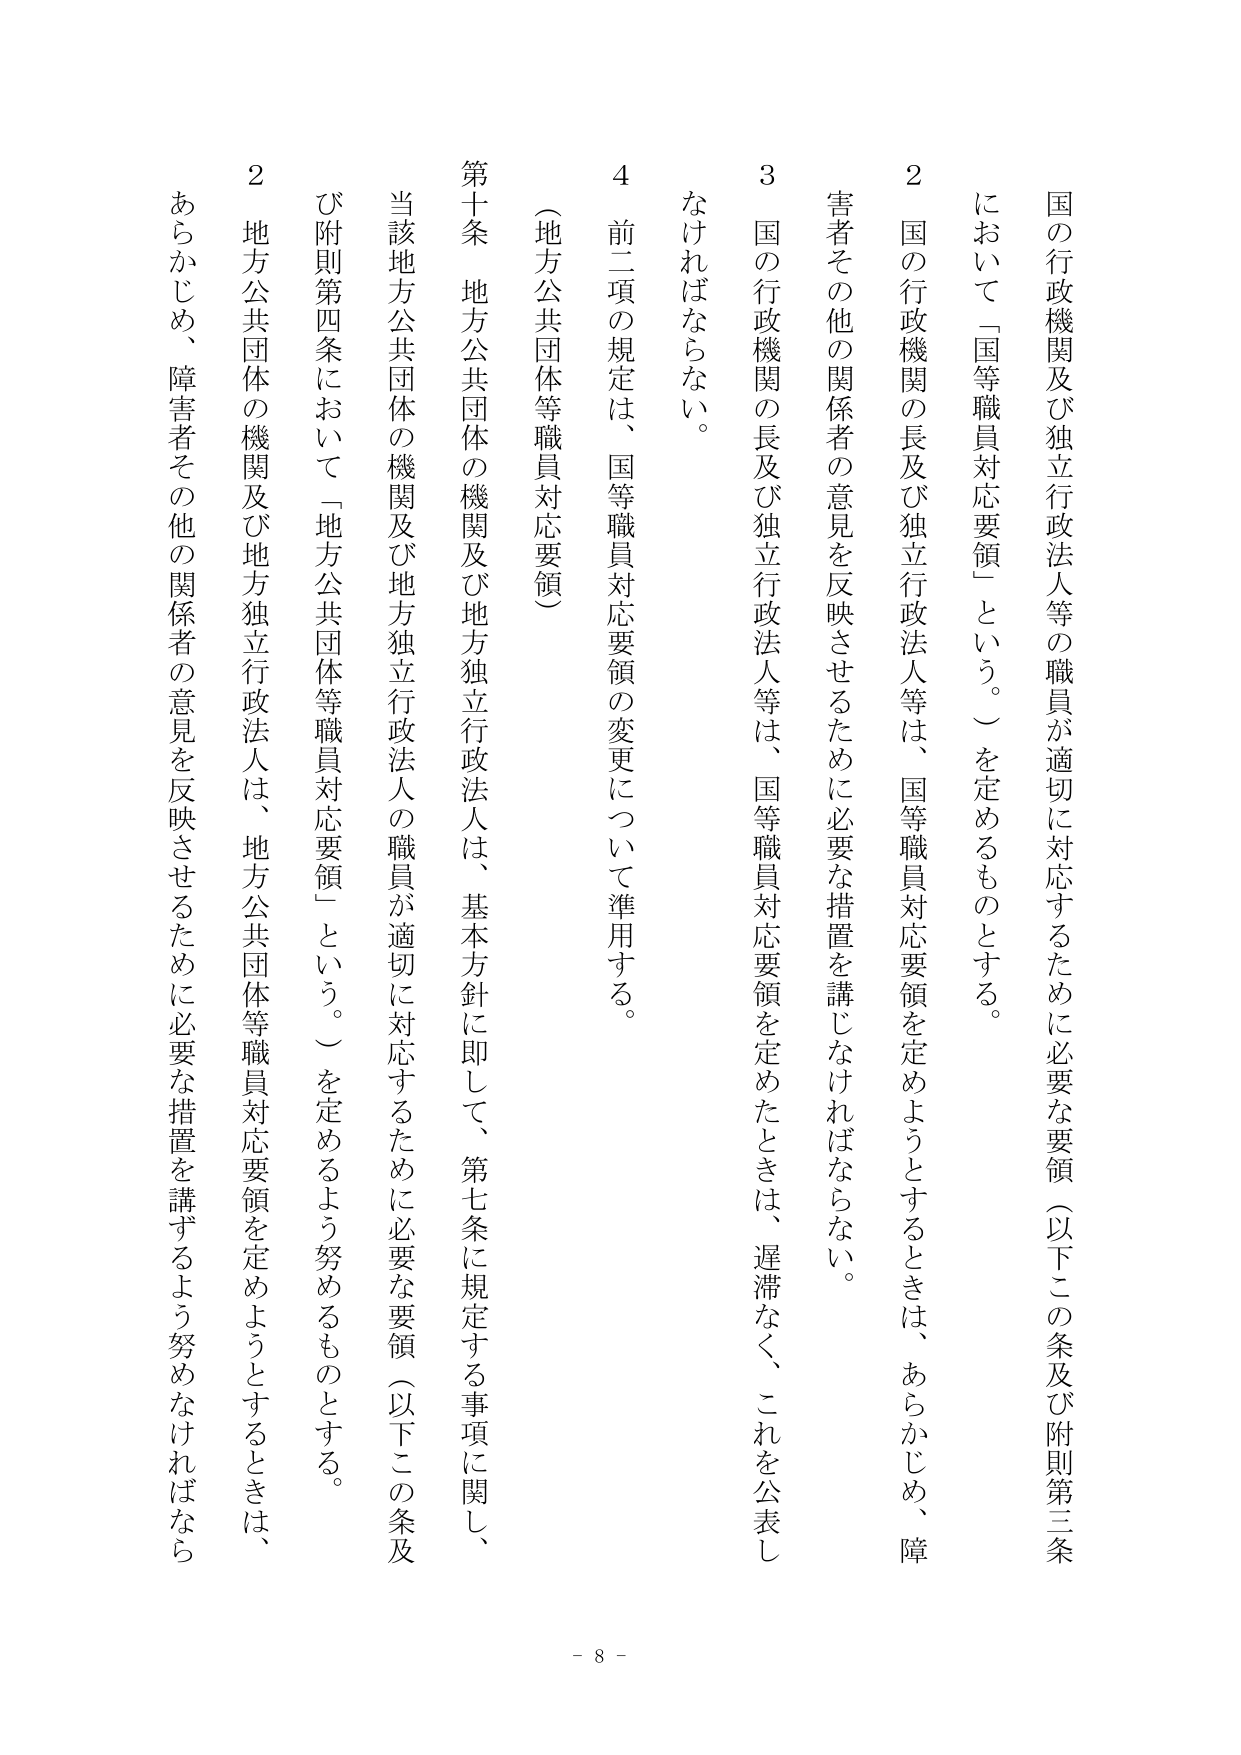
国の行政機関及び独立行政法人等の職員が適切に対応するために必要な要領（以下この条及び附則第三条において「国等職員対応要領」という。）を定めるものとする。

２　国の行政機関の長及び独立行政法人等は、国等職員対応要領を定めようとするときは、あらかじめ、障害者その他の関係者の意見を反映させるために必要な措置を講じなければならない。

３　国の行政機関の長及び独立行政法人等は、国等職員対応要領を定めたときは、遅滞なく、これを公表しなければならない。

４　前二項の規定は、国等職員対応要領の変更について準用する。

（地方公共団体等職員対応要領）

第十条　地方公共団体の機関及び地方独立行政法人は、基本方針に即して、第七条に規定する事項に関し、当該地方公共団体の機関及び地方独立行政法人の職員が適切に対応するために必要な要領（以下この条及び附則第四条において「地方公共団体等職員対応要領」という。）を定めるものとする。

２　地方公共団体の機関及び地方独立行政法人は、地方公共団体等職員対応要領を定めようとするときは、あらかじめ、障害者その他の関係者の意見を反映させるために必要な措置を講ずるよう努めなければならない。

- 8 -